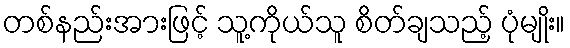
တစ်နည်းအားဖြင့် သူ့ကိုယ်သူ စိတ်ချသည့် ပုံမျိုး။